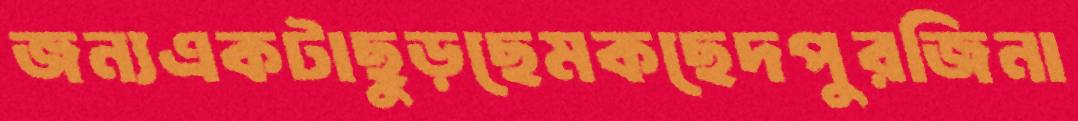
জন্যএকটাছুড়ছেমকছেদপুরজিনা